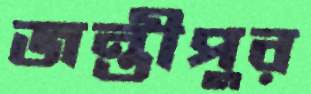
জন্তীপুর